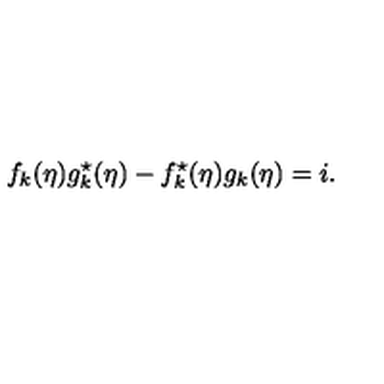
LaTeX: f _ { k } ( \eta ) g _ { k } ^ { \star } ( \eta ) - f _ { k } ^ { \star } ( \eta ) g _ { k } ( \eta ) = i .